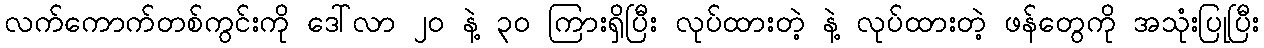
လက်ကောက်တစ်ကွင်းကို ဒေါ်လာ ၂၀ နဲ့ ၃၀ ကြားရှိပြီး လုပ်ထားတဲ့ နဲ့ လုပ်ထားတဲ့ ဖန်တွေကို အသုံးပြုပြီး